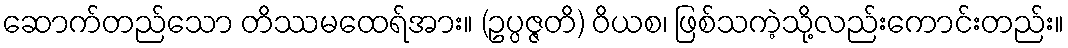
ဆောက်တည်သော တိဿမထေရ်အား။ (ဥပ္ပဇ္ဇတိ) ဝိယစ၊ ဖြစ်သကဲ့သို့လည်းကောင်းတည်း။